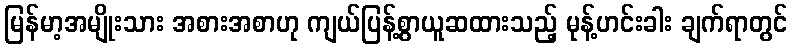
မြန်မာ့အမျိုးသား အစားအစာဟု ကျယ်ပြန့်စွာယူဆထားသည့် မုန့်ဟင်းခါး ချက်ရာတွင်